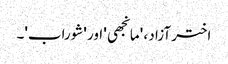
اختر آزاد ، 'مانجھی' اور 'شوراب'۔